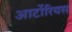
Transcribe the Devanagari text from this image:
आर्टोरियस